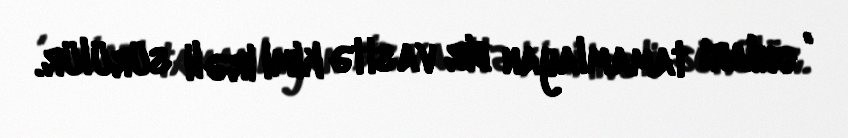
, onları tamamlayan bir vasitə kimi irəli sürülür.